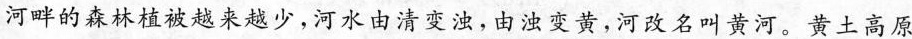
河畔的森林植被越来越少，河水由清变浊，由浊变黄，河改名叫黄河。黄土高原